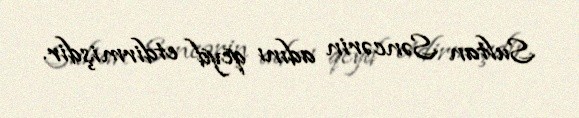
Sultan Səncərin adını qeyd etdirmişdir.